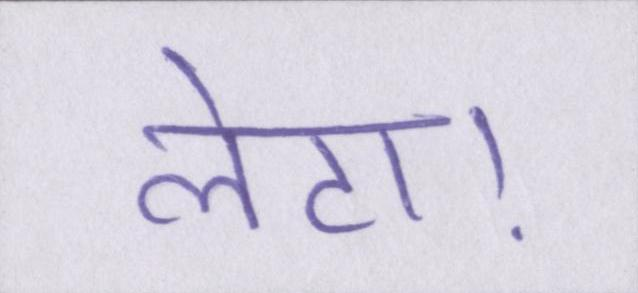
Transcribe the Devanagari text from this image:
लेटा।